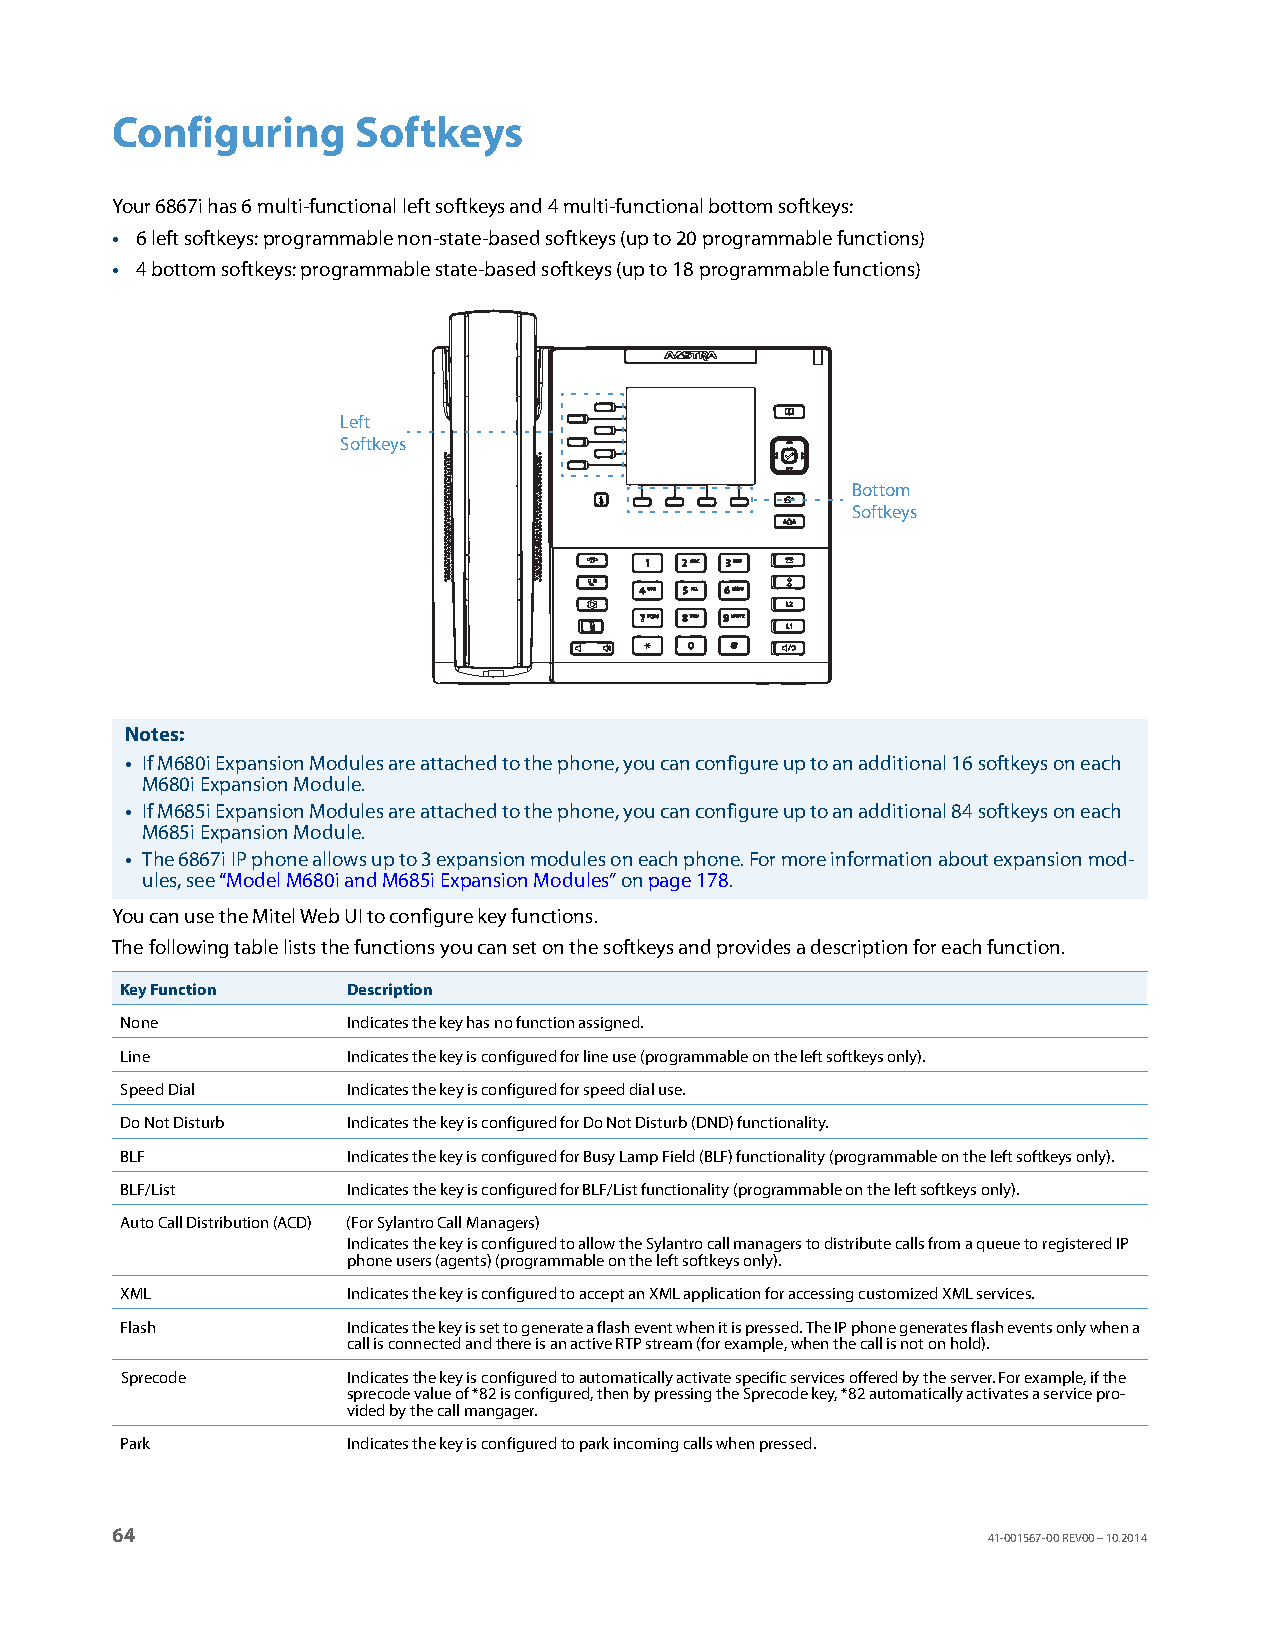
Configuring     Softkeys
 Your 6867i has 6 multi-functional left softkeys and 4 multi-functional bottom softkeys:
 • 6 left softkeys: programmable non-state-based softkeys (up to 20 programmable functions)
 • 4 bottom softkeys: programmable state-based softkeys (up to 18 programmable functions)
 Left
 Softkeys
 Bottom
 Softkeys
 Notes:
 • If M680i Expansion Modules are attached to the phone, you can configure up to an additional 16 softkeys on each
 M680i Expansion Module.
 • If M685i Expansion Modules are attached to the phone, you can configure up to an additional 84 softkeys on each
 M685i Expansion Module.
 • The 6867i IP phone allows up to 3 expansion modules on each phone. For more information about expansion mod-
 ules, see “Model M680i and M685i Expansion Modules” on page178.
 You can use the Mitel Web UI to configure key functions.
 The following table lists the functions you can set on the softkeys and provides a description for each function.
 Key Function   Description
 None           Indicates the key has no function assigned.
 Line           Indicates the key is configured for line use (programmable on the left softkeys only).
 Speed Dial     Indicates the key is configured for speed dial use.
 Do Not Disturb Indicates the key is configured for Do Not Disturb (DND) functionality.
 BLF            Indicates the key is configured for Busy Lamp Field (BLF) functionality (programmable on the left softkeys only).
 BLF/List       Indicates the key is configured for BLF/List functionality (programmable on the left softkeys only).
 Auto Call Distribution (ACD) (For Sylantro Call Managers)
 Indicates the key is configured to allow the Sylantro call managers to distribute calls from a queue to registered IP
 phone users (agents) (programmable on the left softkeys only).
 XML            Indicates the key is configured to accept an XML application for accessing customized XML services.
 Flash          Indicates the key is set to generate a flash event when it is pressed. The IP phone generates flash events only when a
 call is connected and there is an active RTP stream (for example, when the call is not on hold).
 Sprecode       Indicates the key is configured to automatically activate specific services offered by the server. For example, if the
 sprecode value of *82 is configured, then by pressing the Sprecode key, *82 automatically activates a service pro-
 vided by the call mangager.
 Park           Indicates the key is configured to park incoming calls when pressed.
 64
 41-001567-00 REV00 – 10.2014